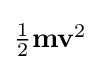
{\textstyle {\frac {1}{2}}\mathbf {m} \mathbf {v} ^{2}}